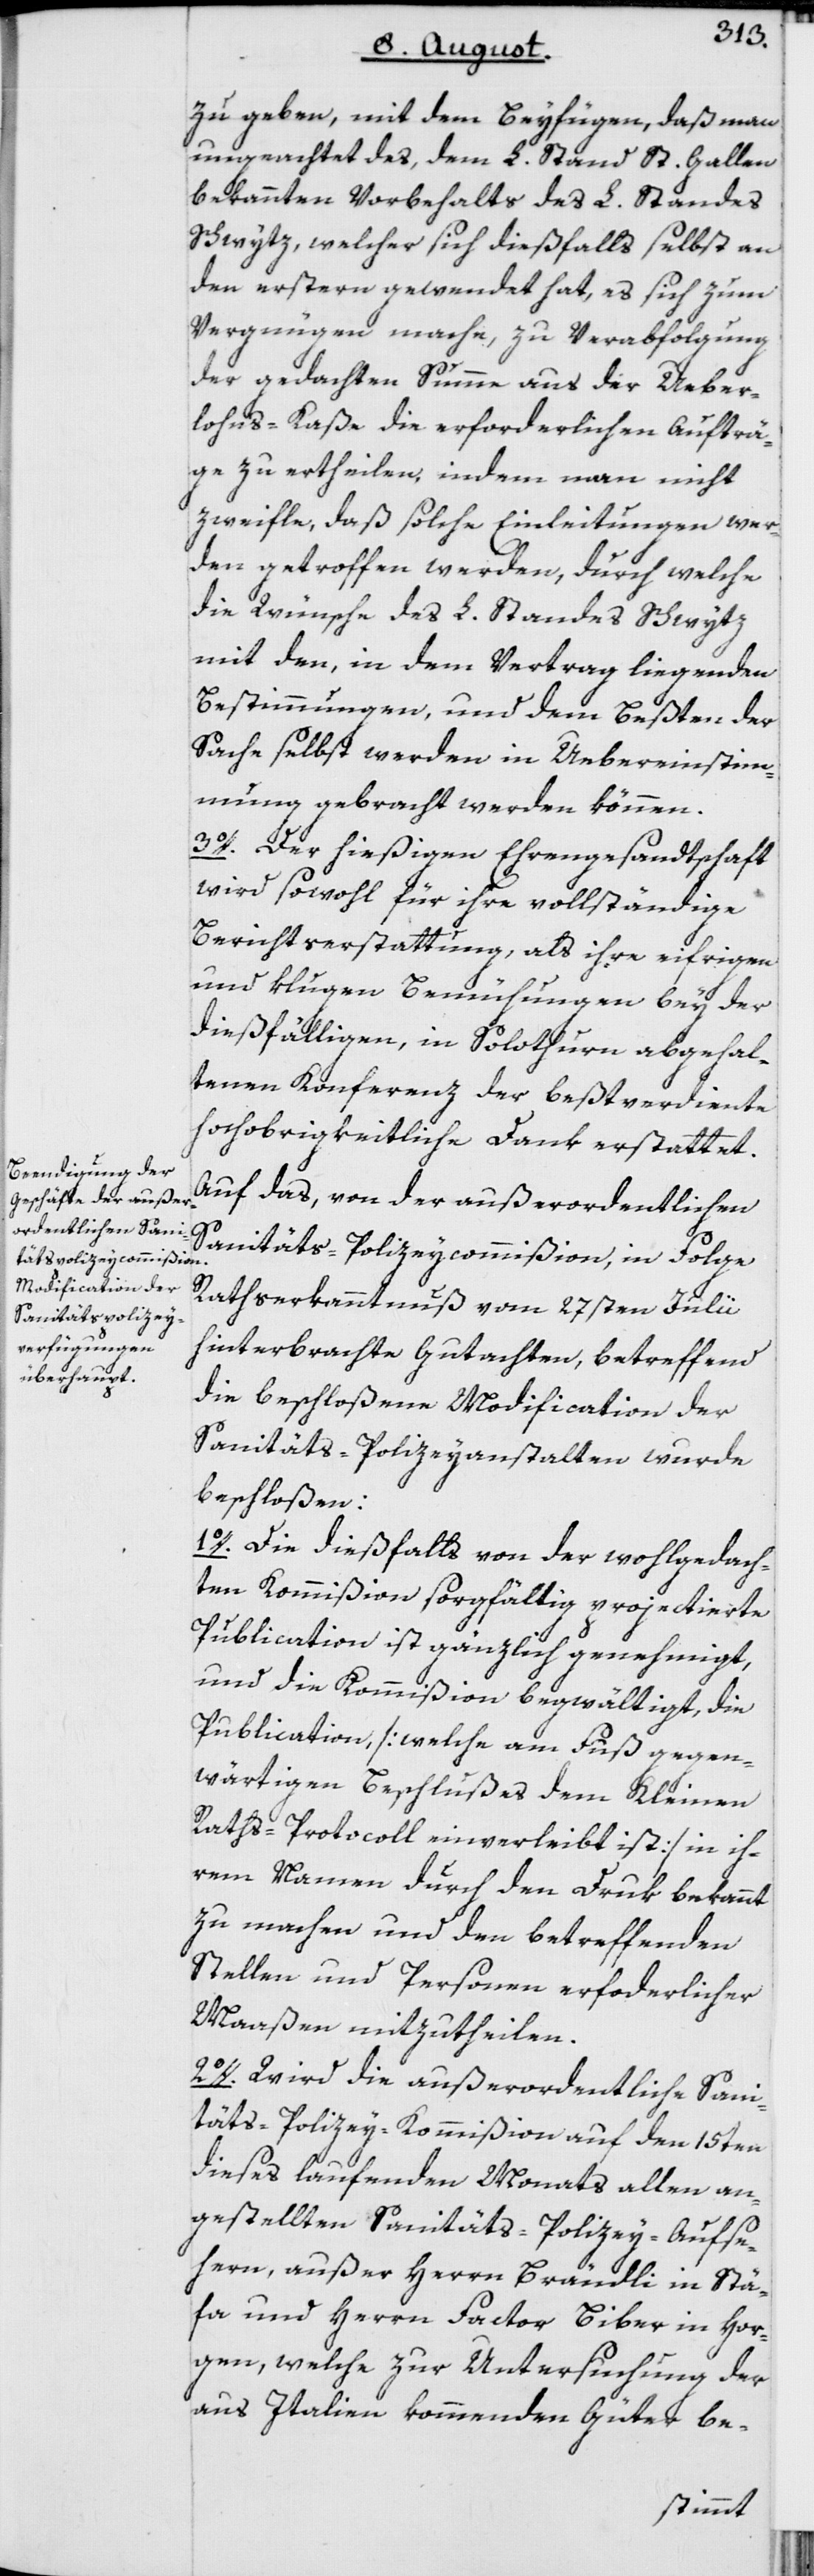
zu geben, mit dem Beyfügen, daß man
ungeachtet des, dem L. Stand St. Gallen
bekannten Vorbehalts des L. Standes
Schwytz, welcher sich dießfalls selbst an
den erstern gewendet hat, es sich zum
Vergnügen mache, zu Verabfolgung
der gedachten Summe aus der Ueber¬
lohns-Kaße die erforderlichen Aufträ¬
ge zu ertheilen, indem man nicht
zweifle, daß solche Einleitungen wer¬
den getroffen werden, durch welche
die Wünsche des L. Standes Schwytz
mit den, in dem Vertrag liegenden
Bestimmungen, und dem Beßten der
Sache selbst werden in Uebereinstim¬
mung gebracht werden können.
3o. Der hießigen Ehrengesandtschaft
wird sowohl für ihre vollständige
Berichtserstattung, als ihre eifrigen
und klugen Bemühungen bey der
dießfälligen, in Solothurn abgehal¬
tenen Konferenz der beßtverdiente
hochobrigkeitliche Dank erstattet.
Auf das, von der außerordentlichen
Sanitäts-Polizeycommißion, in Folge
Rathserkanntnuß vom 27sten Julii
hinterbrachte Gutachten, betreffend
die beschloßene Modification der
Sanitäts-Polizeyanstalten wurde
beschloßen:
1o. Die dießfalls von der wohlgedach¬
ten Kommißion sorgfältig projectierte
Publication ist gänzlich genehmigt,
und die Kommißion begwältigt, die
Publication, [welche am Fuß gegen¬
wärtigen Beschlußes dem Kleinen
Raths-Protocoll einverleibt ist] in ih¬
rem Namen durch den Druk bekannt
zu machen und den betreffenden
Stellen und Personen erforderlicher
Maaßen mitzutheilen.
2o. Wird die außerordentliche Sani¬
täts-Polizey-Kommißion auf den 15ten
dieses laufenden Monats allen an¬
gestellten Sanitäts-Polizey-Aufse¬
hern, außer Herrn Brändli in Stä¬
fa und Herrn Factor Biber in Hor¬
gen, welche zur Untersuchung der
aus Italien kommenden Güter be-